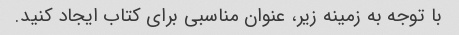
با توجه به زمینه زیر، عنوان مناسبی برای کتاب ایجاد کنید.